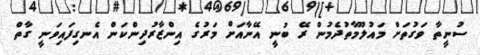
ސުނީތާ ވަގުތަށް މައުލޫމާތުދެމުން ރޭ ބުނީ އޭނާއަށް މަރުގެ އިންޒާރުދިންކަން އެނގިފައިވަނީ ގާތް